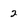
Character: 2